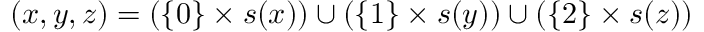
( x , y , z ) = ( \{ 0 \} \times s ( x ) ) \cup ( \{ 1 \} \times s ( y ) ) \cup ( \{ 2 \} \times s ( z ) )